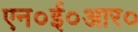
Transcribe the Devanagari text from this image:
एन०ई०आर०